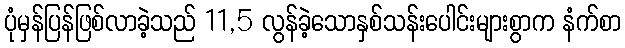
ပုံမှန်ပြန်ဖြစ်လာခဲ့သည် 11,5 လွန်ခဲ့သောနှစ်သန်းပေါင်းများစွာက နံက်စာ